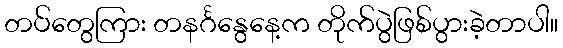
တပ်တွေကြား တနင်္ဂနွေနေ့က တိုက်ပွဲဖြစ်ပွားခဲ့တာပါ။